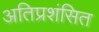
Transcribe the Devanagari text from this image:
अतिप्रशंसित